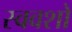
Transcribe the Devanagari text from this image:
स्ववशो